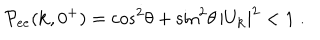
{ \cal P } _ { e e } ( { \bf k } , 0 ^ { + } ) = \cos ^ { 2 } \! \theta + \sin ^ { 2 } \! \theta \, | U _ { \bf k } | ^ { 2 } < 1 \; .